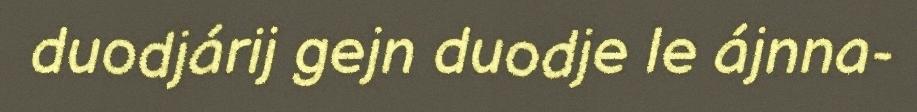
duodjárij gejn duodje le ájnna-